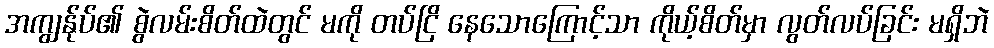
အကျွန်ုပ်၏ စွဲလမ်းစိတ်ထဲတွင် မကို တပ်ငြိ နေသောကြောင့်သာ ကိုယ့်စိတ်မှာ လွတ်လပ်ခြင်း မရှိဘဲ